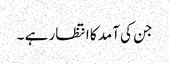
جن کی آمد کا انتظار ہے ۔